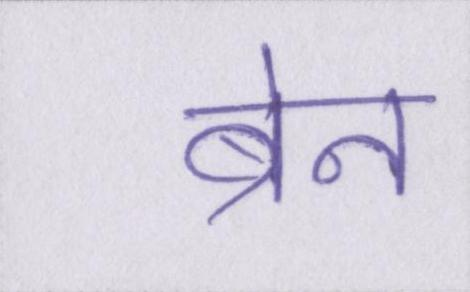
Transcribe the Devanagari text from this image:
ब्रेन